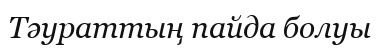
Тәураттың пайда болуы